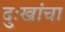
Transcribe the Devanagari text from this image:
दुःखांचा